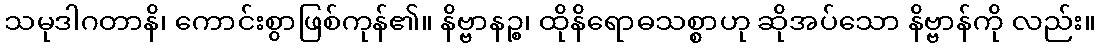
သမုဒါဂတာနိ၊ ကောင်းစွာဖြစ်ကုန်၏။ နိဗ္ဗာနဉ္စ၊ ထိုနိရောဓသစ္စာဟု ဆိုအပ်သော နိဗ္ဗာန်ကို လည်း။